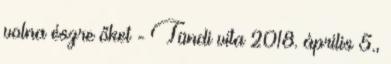
volna észre őket - Tündi vita 2018. április 5.,